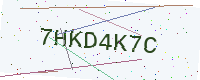
Text: 7HKD4K7C